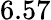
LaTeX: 6.57